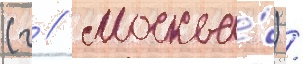
(г // Москва́) /